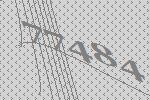
77484